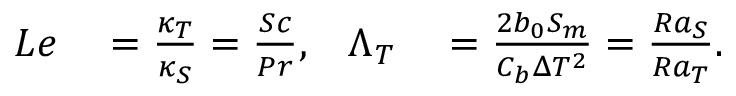
\begin{array} { r l r l } { L e } & { { } = \frac { \kappa _ { T } } { \kappa _ { S } } = { \frac { S c } { P r } } , } & { \Lambda _ { T } } & { { } = \frac { 2 b _ { 0 } S _ { m } } { C _ { b } \Delta T ^ { 2 } } = { \frac { R a _ { S } } { R a _ { T } } } . } \end{array}